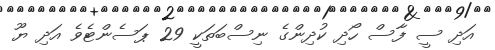
އަދި ސީ ފާސް ހޯދި ކުދިންގެ ނިސްބަތަކީ 29 ޕަސެންޓެވެ އަދި ޔޫ